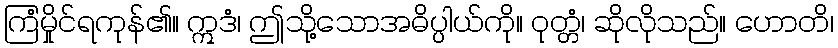
ကြံမှိုင်ရကုန်၏။ ဣဒံ၊ ဤသို့သောအဓိပ္ပါယ်ကို။ ဝုတ္တံ၊ ဆိုလိုသည်။ ဟောတိ၊